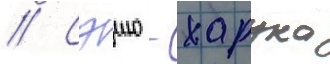
// Сэию - харука